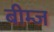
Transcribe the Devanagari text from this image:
बीम्ज